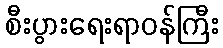
စီးပွားရေးရာဝန်ကြီး